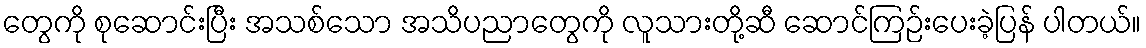
တွေကို စုဆောင်းပြီး အသစ်သော အသိပညာတွေကို လူသားတို့ဆီ ဆောင်ကြဉ်းပေးခဲ့ပြန် ပါတယ်။